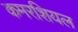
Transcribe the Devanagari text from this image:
कमरशियल